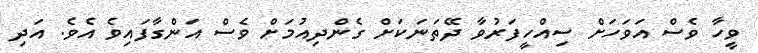
ވީހާ ވެސް އަވަހަށް ސިއްހީފަރުވާ ދޭތަނަކަށް ގެންދިއުމަށް ވެސް އަންގާފައިވެ އެވެ. އަދި